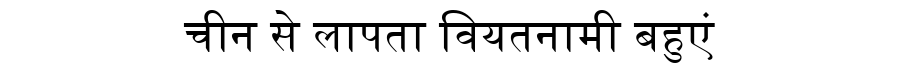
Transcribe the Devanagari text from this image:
चीन से लापता वियतनामी बहुएं